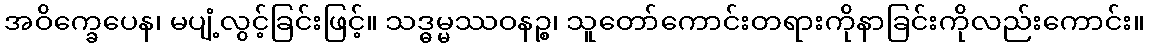
အဝိက္ခေပေန၊ မပျံ့လွင့်ခြင်းဖြင့်။ သဒ္ဓမ္မဿဝနဉ္စ၊ သူတော်ကောင်းတရားကိုနာခြင်းကိုလည်းကောင်း။